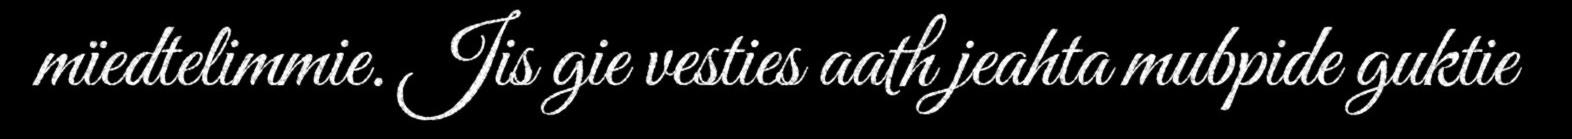
mïedtelimmie. Jis gie vesties aath jeahta mubpide guktie